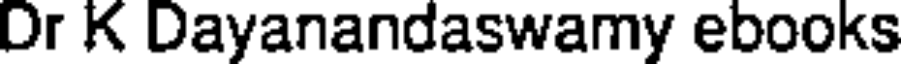
Dr K Dayanandaswamy ebooks